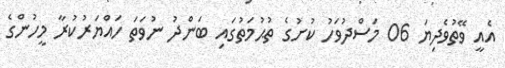
އެއީ ވޭތުވެދިޔަ 06 މަސްދުވަހު ކުށުގެ ތުޙުމަތުގައި ބަންދު ނުވަތަ ހައްޔަރުކުރާ މީހުންގެ